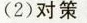
(2)对策